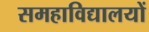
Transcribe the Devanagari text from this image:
समहाविद्यालयों